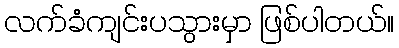
လက်ခံကျင်းပသွားမှာ ဖြစ်ပါတယ်။